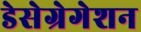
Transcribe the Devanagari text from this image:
डेसेग्रेगेशन